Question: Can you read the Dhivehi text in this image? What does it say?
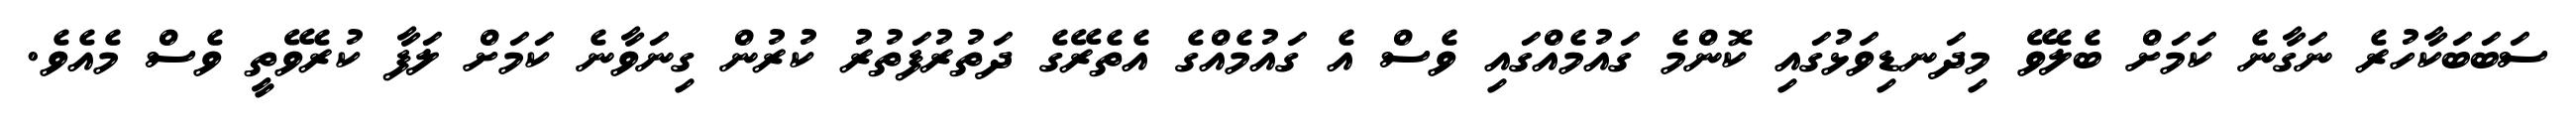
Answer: ސަބަބަކާހުރެ ނަގާނެ ކަމަށް ބެލެވޭ މިދަނޑިވަޅުގައި ކޮންމެ ގައުމެއްގައި ވެސް އެ ގައުމެއްގެ އެތެރޭގެ ދަތުރުފަތުރު ކުރުން ގިނަވާނެ ކަމަށް ލަފާ ކުރެވޭތީ ވެސް މެއެވެ.